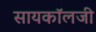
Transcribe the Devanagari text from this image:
सायकॉलजी